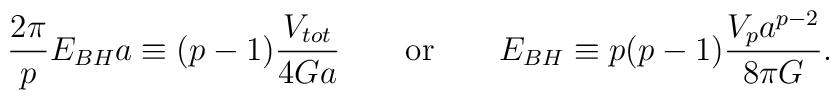
{{2\pi}\over p}E_{BH}a\equiv (p-1){{V_{tot}}\over{4Ga}}\ \ \ \ \ \ {\rm or} \ \ \ \ \ \ E_{BH}\equiv p(p-1){{V_pa^{p-2}}\over{8\pi G}}.